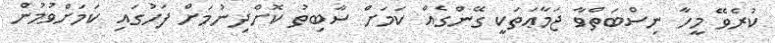
ކުރެވޭ މީހާ ނިސްބަތްވާ ޖަމާޢަތަކީ ގޭންގެއް ކަމަށް ސާބިތު ކޮށްދިނުމަށް ފަހުގައި ކަމަށްވުމުން